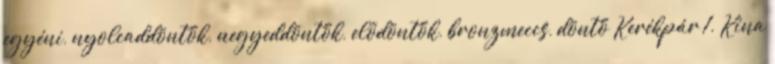
egyéni, nyolcaddöntők, negyeddöntők, elődöntők, bronzmeccs, döntő Kerékpár 1. Kína